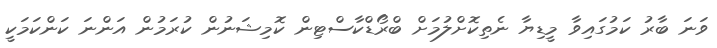
ވަނަ ބާރު ކަމުގައިވާ މީޑިޔާ ނެތިކޮށްލުމަށް ބްރޯޑްކާސްޓިން ކޮމިޝަނުން ކުރަމުން އަންނަ ކަންކަމަކީ